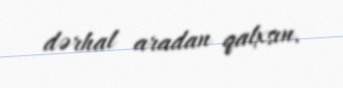
dərhal aradan qalxsın.